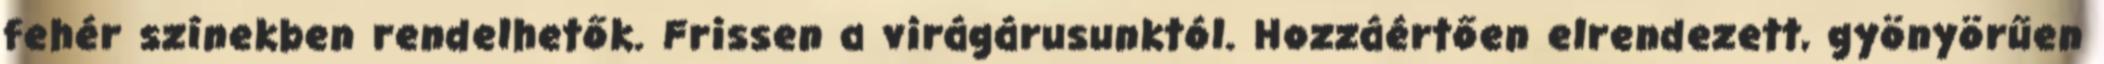
fehér színekben rendelhetők. Frissen a virágárusunktól. Hozzáértően elrendezett, gyönyörűen